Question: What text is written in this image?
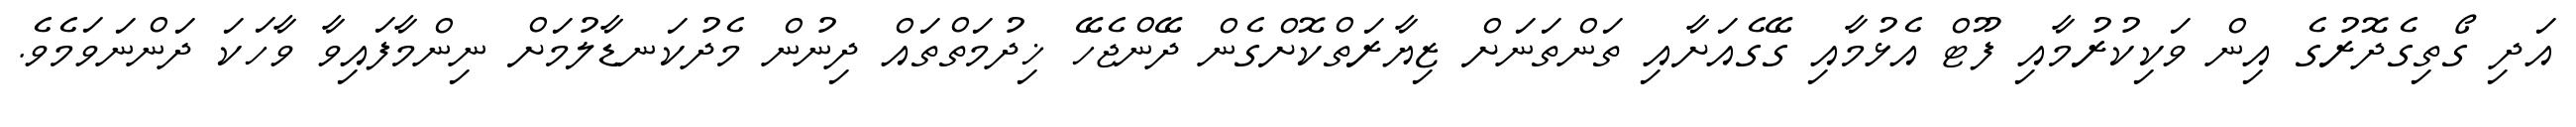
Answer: އަދި ގޯތިގެދޮރުގެ އިން ވަކިކުރުމާއި ފޫޓް އެޅުމާއި ގޭގެއަށާއި ތަންތަނަށް ޒިޔާރަތްކޮށްގެން ދޭންޖެހޭ ޚިދުމަތްތައް ދިނުން މެދުކަނޑާލުމަށް ނިންމާފައިވާ ވާހަކަ ދަންނަވަމެވެ.